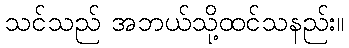
သင်သည် အဘယ်သို့ထင်သနည်း။